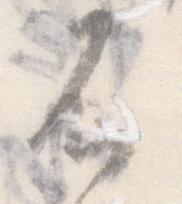
不